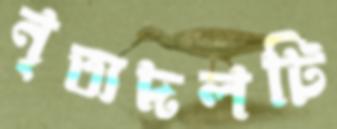
নৃত্যদলটি